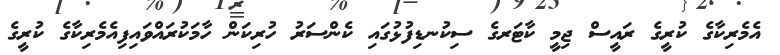
އެމެރިކާގެ ކުރީގެ ރައީސް ޖިމީ ކާޓަރގެ ސިކުނޑިފުޅުގައި ކެންސަރު ހުރިކަން ހާމަކުރައްވައިފިއެމެރިކާގެ ކުރީގެ